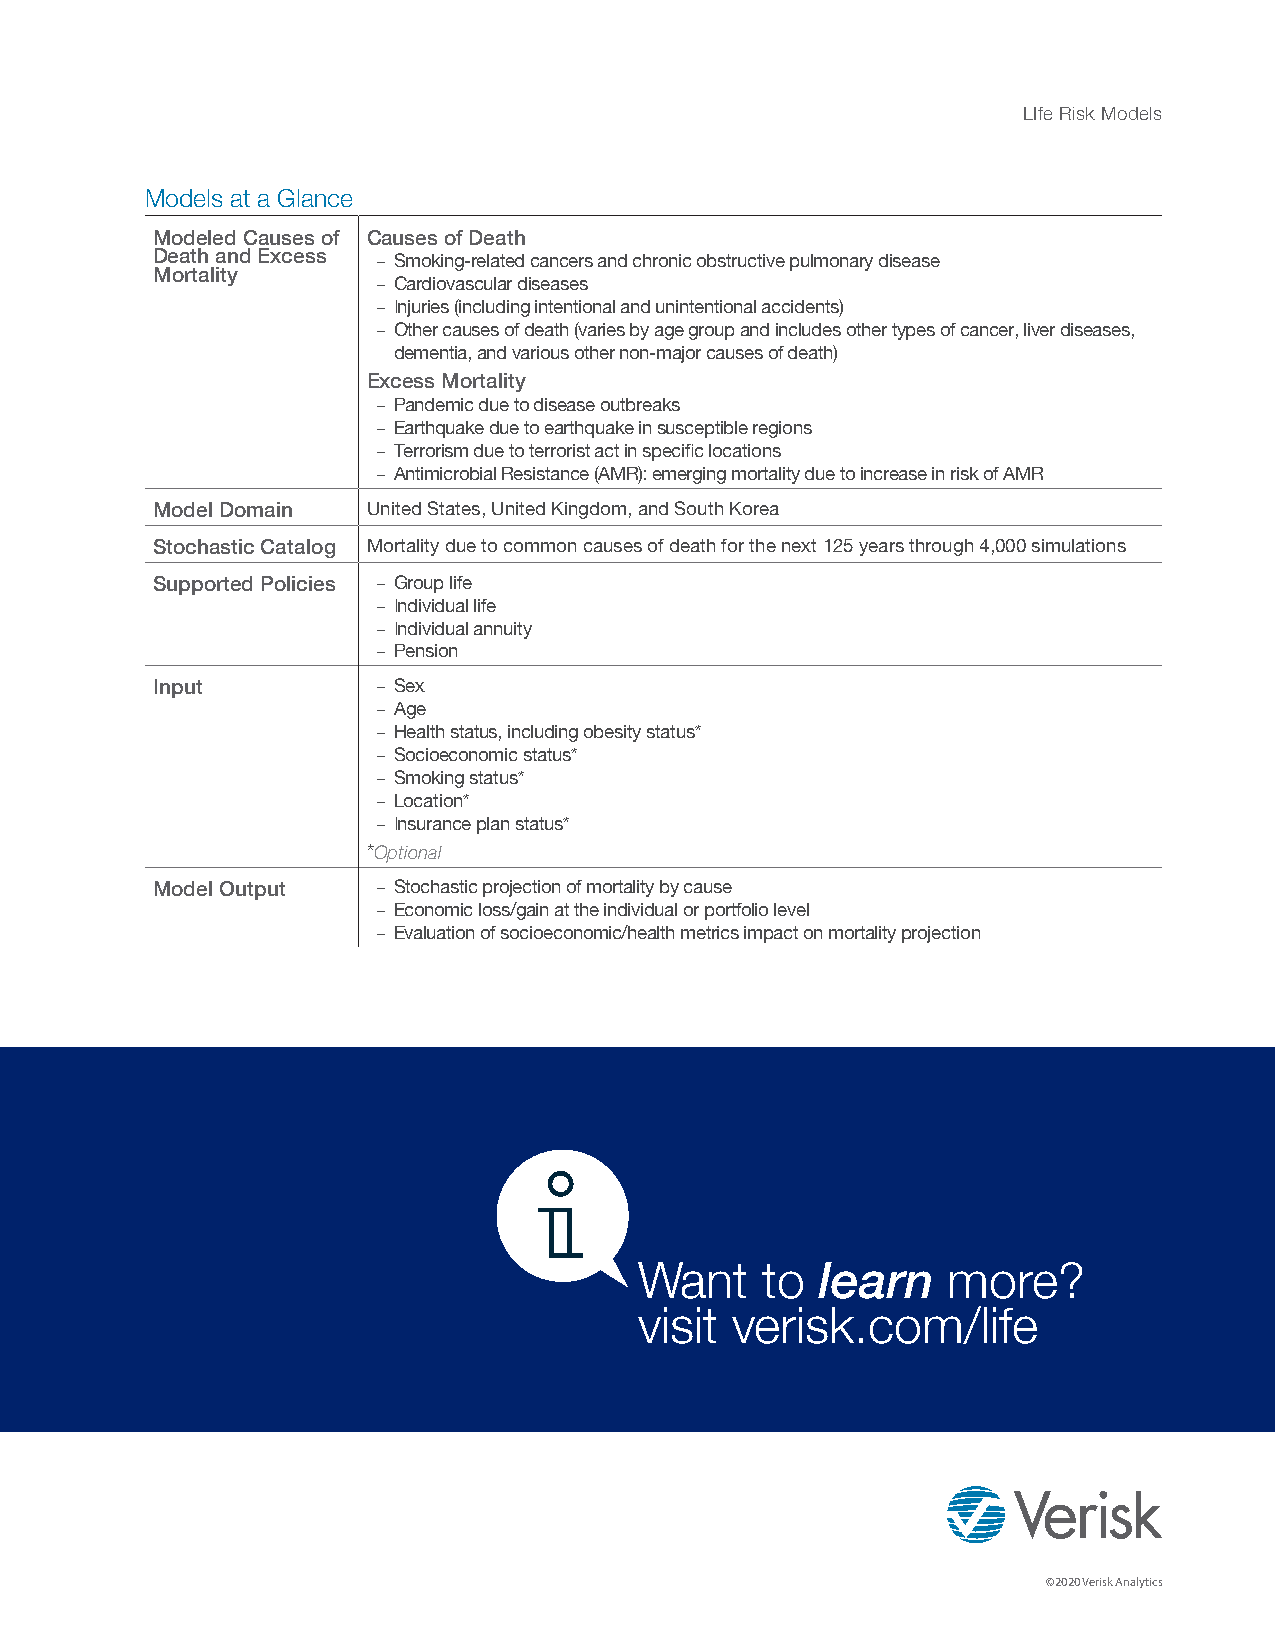
LIfe Risk Models
 Models at a Glance
 Modeled Causes of Causes of Death
 Death and Excess – Smoking-related cancers and chronic obstructive pulmonary disease
 Mortality
 – Cardiovascular diseases
 – Injuries (including intentional and unintentional accidents)
 – Other causes of death (varies by age group and includes other types of cancer, liver diseases,
 dementia, and various other non-major causes of death)
 Excess Mortality
 – Pandemic due to disease outbreaks
 – Earthquake due to earthquake in susceptible regions
 – Terrorism due to terrorist act in specific locations
 – Antimicrobial Resistance (AMR): emerging mortality due to increase in risk of AMR
 Model Domain  United States, United Kingdom, and South Korea
 Stochastic Catalog Mortality due to common causes of death for the next 125 years through 4,000 simulations
 Supported Policies – Group life
 – Individual life
 – Individual annuity
 – Pension
 Input          – Sex
 – Age
 – Health status, including obesity status*
 – Socioeconomic status*
 – Smoking status*
 – Location*
 – Insurance plan status*
 *Optional
 Model Output   – Stochastic projection of mortality by cause
 – Economic loss/gain at the individual or portfolio level
 – Evaluation of socioeconomic/health metrics impact on mortality projection
 Want    to  learn    more?
 visit verisk.com/life
 6
 ©2020 Verisk Analytics